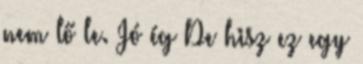
nem lő le. Jó ég De hisz ez egy